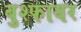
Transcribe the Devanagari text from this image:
बुश्फायर